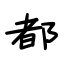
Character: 都